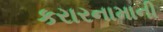
કરારનામાની